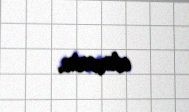
etməsin.